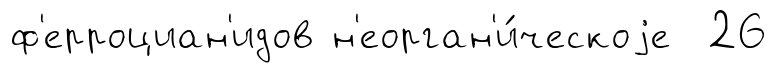
ф'ерроциан'идов н'еорган'и́ческоjе 26